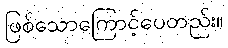
ဖြစ်သောကြောင့်ပေတည်း။